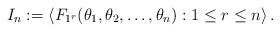
LaTeX: \begin{align*}I_n := \left< F_{1^r}(\theta_1, \theta_2, \ldots, \theta_n) : 1 \leq r \leq n \right>.\end{align*}